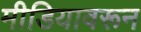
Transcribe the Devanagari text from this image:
मीडियावरून